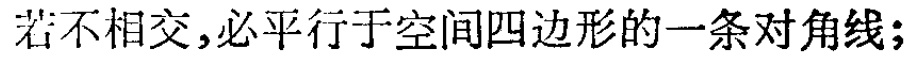
若不相交,必平行于空间四边形的一条对角线;